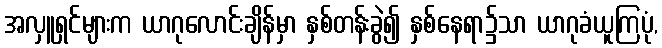
အလှူရှင်များက ယာဂုလောင်းချိန်မှာ နှစ်တန်းခွဲ၍ နှစ်နေရာ၌သာ ယာဂုခံယူကြပုံ,